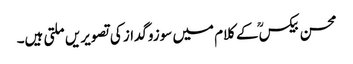
محسن بیکسؒ کے کلام میں سوزوگداز کی تصویریں ملتی ہیں۔